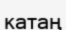
катаң